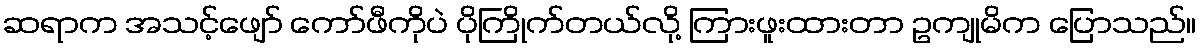
ဆရာက အသင့်ဖျော် ကော်ဖီကိုပဲ ပိုကြိုက်တယ်လို့ ကြားဖူးထားတာ ဥကျုမိက ပြောသည်။